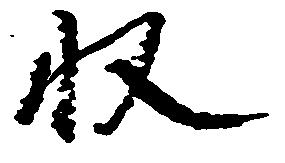
収